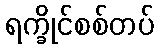
ရက္ခိုင်စစ်တပ်